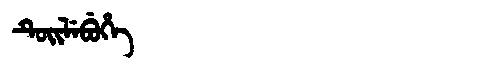
Manchu: ᡨᡠᡳᠯᡝᠪᡠᡥᡝ
Romanization: TUILEBUHE